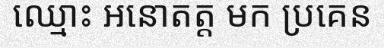
ឈ្មោះ អនោតត្ត មក ប្រគេន